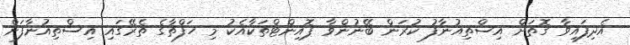
އެދިފައިވާ ގޮތަށް އިސްތިއުނާފު ކުރަން ބޭނުންވާ ޕޮއިންޓްތަކާއެކު މި ހަފްތާގެ ތެރޭގައި އިސްތިއުނާފަށް